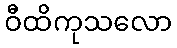
ဝီထိကုသလော